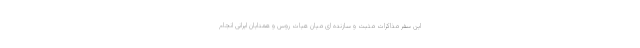
این سفر مذاکرات مثبت و سازنده ای میان هیات روس و همتایان ایرانی انجام